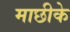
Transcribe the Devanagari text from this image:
माछीके